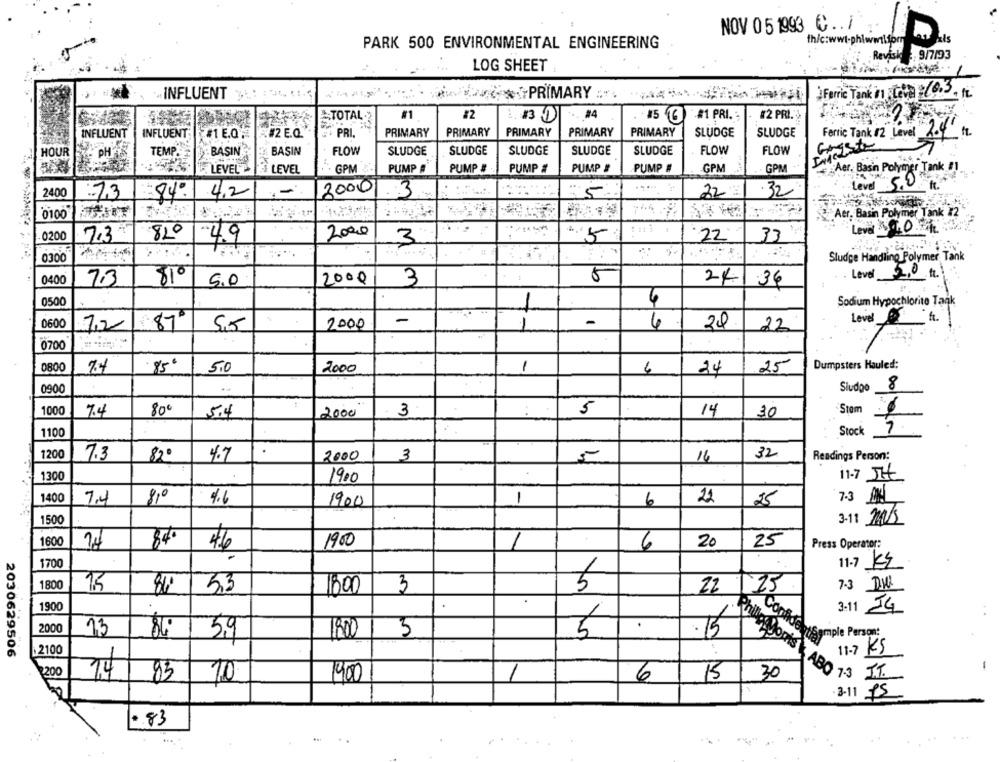
NOV 0 5 1993 C . ..
zls
PARK 500 ENVIRONMENTAL ENGINEERING
fh/c:wwt-phiwmilfom
Revisie
Revisk : 9/7/93
LOG SHEET
INFLUENT
*PRIMARY :.
Ferric Tank in Coven 10.3.12
*TOTAL
#1
#4
#2 PRI.
#2
1.83.01
-#1 PRI.
INFLUENT
INFLUENT
#2 E.Q.
PRI.
PRIMARY
PRIMARY
PRIMARY
PRIMARY
PRIMARY
SLUDGE
SLUDGE
Ferric Tank /2 Level 2.4
HOUR
PHAS
TEMP.
BASIN
BASIN
FLOW
SLUDGE
SLUDGE
SLUDGE
SLUDGE
SLUDGE
FLOW
FLOW
Gayste
LEVEL
GPM &
PUMP #
PUMP #
PUMP #
PUMP #
PUMP #
.GPM
GPM
Aer, Basin Polymer Tank #1
LEVEL
2000
.1.
Level
2400
73
84: 4,2
. 3
5
22:
32
0100
744 .
Aer. Basin Polymer Tank #2
Levar .. O.
-0200
7.3-
820
49
2000
.5
3
22
33
-
0300
Sludge Handling Polymer Tank
Level
.t.
0400
7.3
810
5,0
2000
3
5
24 36
0500
4
Sodium Hypochlorito Tank
-
-
Level
0600
7,2
87
5,5
2000
1
6
22
0700
0800
85€
Dumpsters Hauled:
7.4
5.0
2000
1
6
24
25
0900
Sludge 8
1000
7.4
80€
5
14
Stom
5.4
2000
3
30
1100
Stock
1200
7.3
82º
4.7
.
2000
3
14
32
Readings Person:
1300
1900
11-7 JH
1400
7.4
8,0
4.6
1900
1
6
22
25
7.3 AM
1500
3-11 24/S
1600
840
25
46
1900
6
20
Press Operator:
1700
11.7 Kg
1800
5
15
53
1800
3
22
25.
7.3 DINE
1900
3-11 JG
1
.
200
13
86:
5
.15
5,9
1800
Confidentsemple Person:
2030629506
2100
11.7 Kg
$200
83
1900
1
15
Philip Moris ABO 7.3 .
30
6
3-11 75
. 83